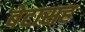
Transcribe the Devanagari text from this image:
बेटासह